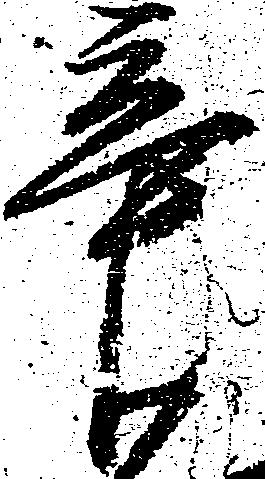
辛